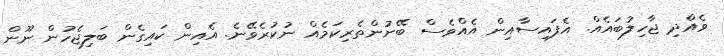
ވެއްދި ޖާހިލުބައެއް. އެފައިސާއިން އެއްވެސް ބޭނުންތެރިކަމެއް ނުކުރެވޭނެ. އެއިން ކައިގެން ބަލިޖެހުން ނޫން